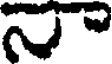
న